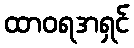
ထာဝရအရှင်